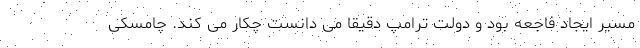
مسیر ایجاد فاجعه بود و دولت ترامپ دقیقا می دانست چکار می کند. چامسکی